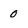
Character: 0